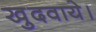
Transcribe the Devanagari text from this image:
खुदवाये।